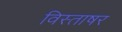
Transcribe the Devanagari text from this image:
विस्ताषर